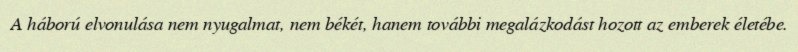
A háború elvonulása nem nyugalmat, nem békét, hanem további megalázkodást hozott az emberek életébe.